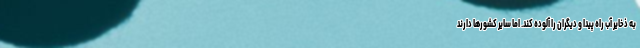
به ذخایر آب راه پیدا و دیگران را آلوده کند. اما سایر کشور‌ها دارند